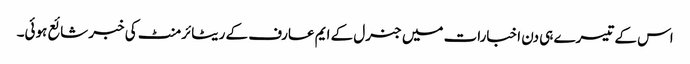
اس کے تیسرے ہی دن اخبارات میں جنرل کے ایم عارف کے ریٹائرمنٹ کی خبر شائع ہوئی۔